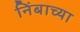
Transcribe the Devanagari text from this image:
निंबाच्या